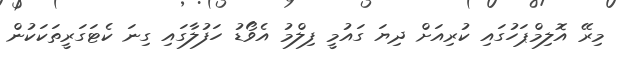
މިރޭ އޮލިމްޕަހުގައި ކުރިއަށް ދިޔަ ގައުމީ ފިލްމު އެވޯޑު ހަފުލާގައި ގިނަ ކެޓަގަރީތަކަކުން